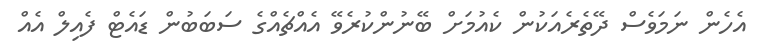
އެހެން ނަމަވެސް ދޭތެރެއަކުން ކެއުމަށް ބޭނުންކުރެވޭ އެއްޗެއްގެ ސަބަބުން ޑައެޓް ފެއިލް އެއް